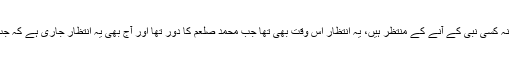
یہودی اور عیسائی دونوں مذاہب کے ماننے والے کسی نہ کسی نبی کے آنے کے منتظر ہیں، یہ انتظار اس وقت بھی تھا جب محمد صلعم کا دور تھا اور آج بھی یہ انتظار جاری ہے کہ جب محمد صلعم کو گزرے چودہ سو سال گزر چکے ہیں۔